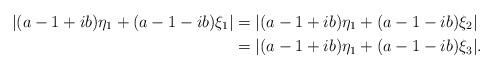
LaTeX: \begin{align*}|(a-1+ib)\eta_1+(a-1-ib)\xi_1| & = |(a-1+ib)\eta_1+(a-1-ib)\xi_2| \\& = |(a-1+ib)\eta_1+(a-1-ib)\xi_3|. \end{align*}